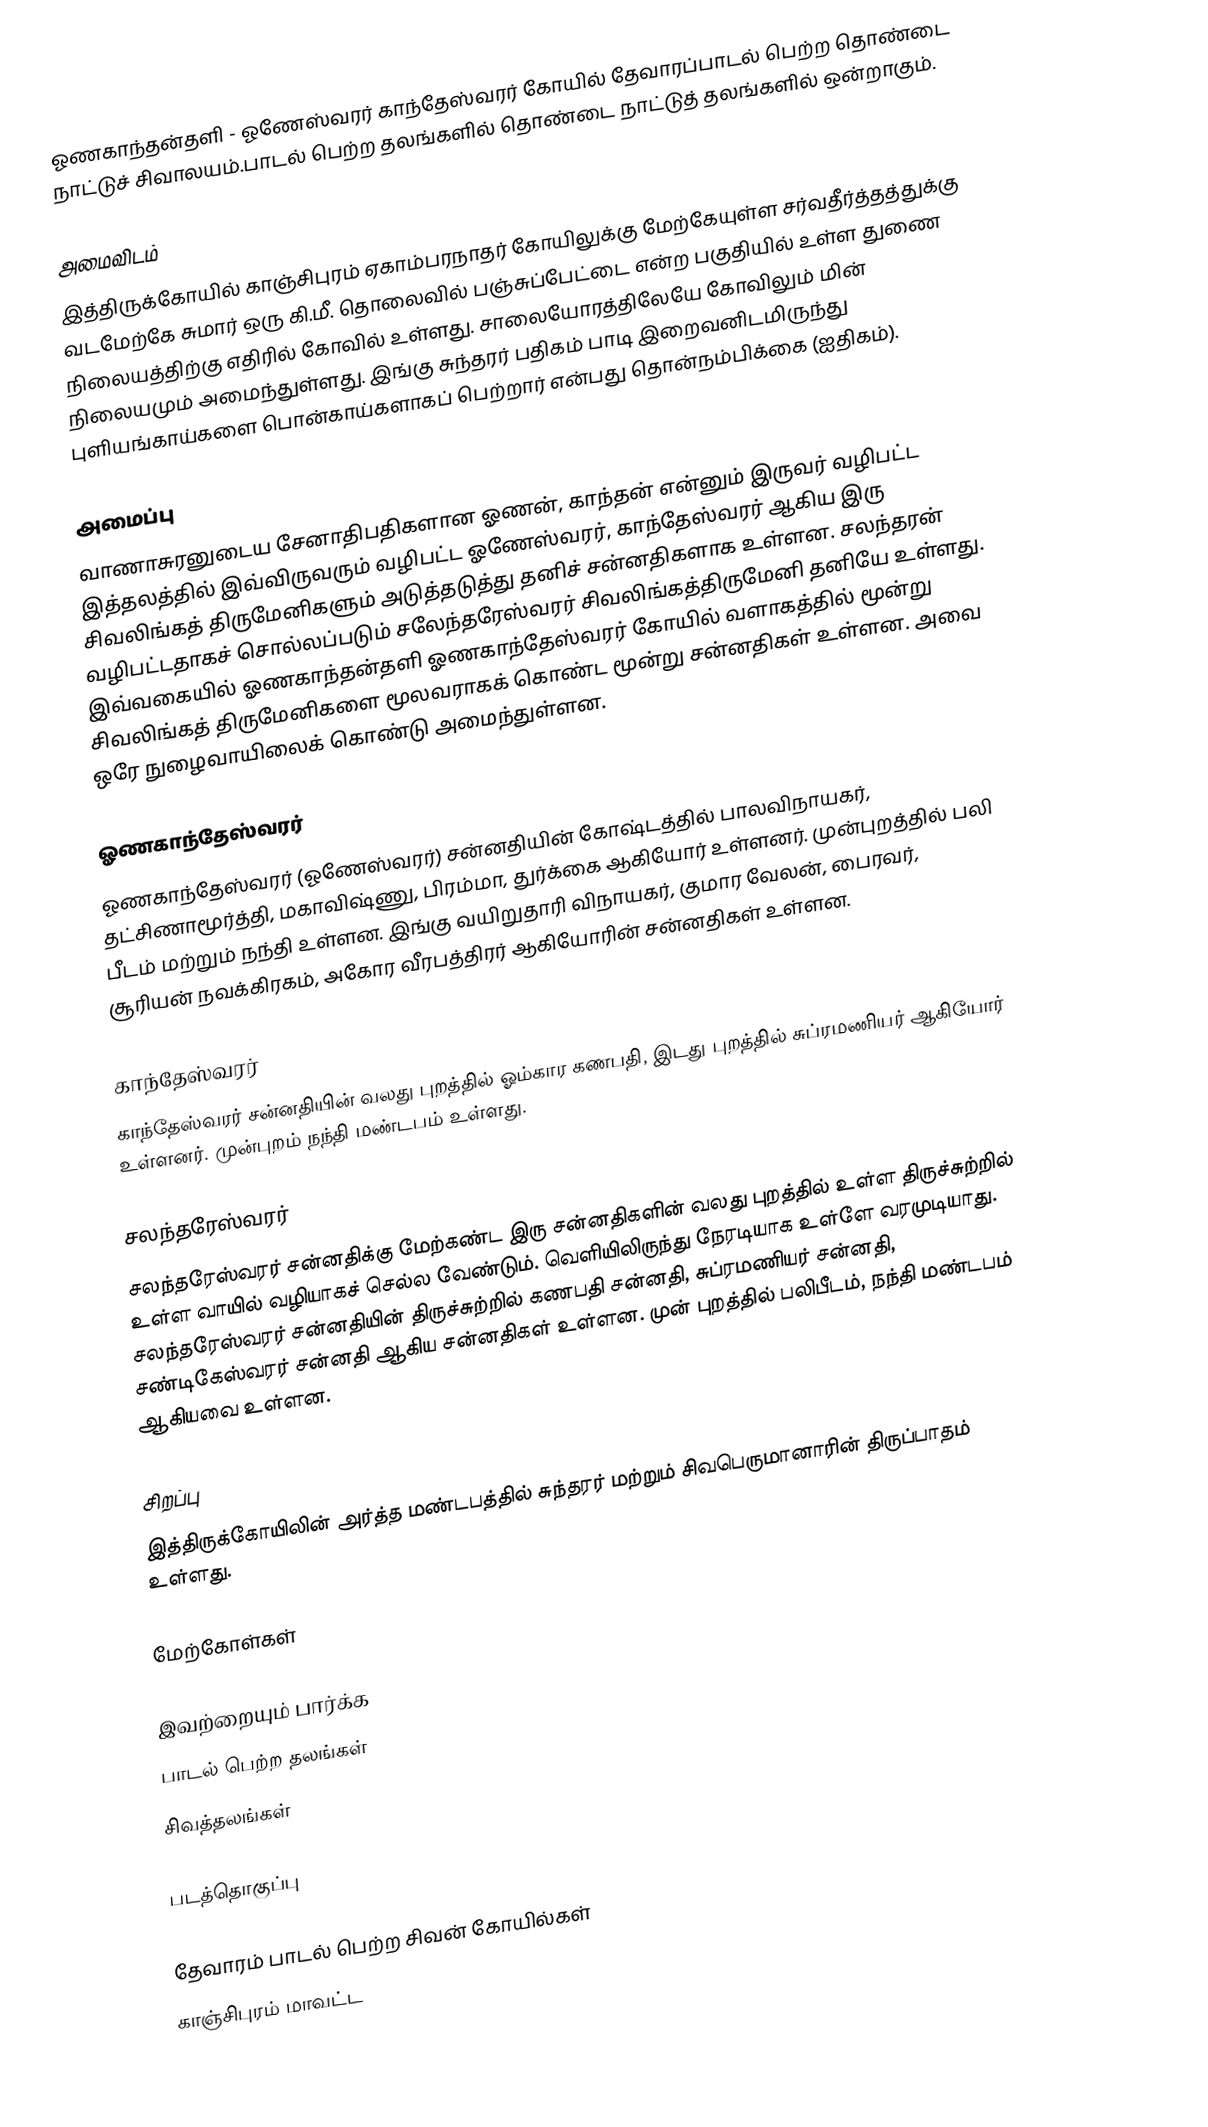
ஓணகாந்தன்தளி - ஓணேஸ்வரர் காந்தேஸ்வரர் கோயில் தேவாரப்பாடல் பெற்ற தொண்டை நாட்டுச் சிவாலயம்.பாடல் பெற்ற தலங்களில் தொண்டை நாட்டுத் தலங்களில் ஒன்றாகும்.

அமைவிடம்
இத்திருக்கோயில் காஞ்சிபுரம் ஏகாம்பரநாதர் கோயிலுக்கு மேற்கேயுள்ள சர்வதீர்த்தத்துக்கு வடமேற்கே சுமார் ஒரு கி.மீ. தொலைவில் பஞ்சுப்பேட்டை என்ற பகுதியில் உள்ள துணை நிலையத்திற்கு எதிரில் கோவில் உள்ளது. சாலையோரத்திலேயே கோவிலும் மின் நிலையமும் அமைந்துள்ளது. இங்கு சுந்தரர் பதிகம் பாடி இறைவனிடமிருந்து புளியங்காய்களை பொன்காய்களாகப் பெற்றார் என்பது தொன்நம்பிக்கை (ஐதிகம்).

அமைப்பு
வாணாசுரனுடைய சேனாதிபதிகளான ஓணன், காந்தன் என்னும் இருவர் வழிபட்ட இத்தலத்தில் இவ்விருவரும் வழிபட்ட ஓணேஸ்வரர், காந்தேஸ்வரர் ஆகிய இரு சிவலிங்கத் திருமேனிகளும் அடுத்தடுத்து தனிச் சன்னதிகளாக உள்ளன. சலந்தரன் வழிபட்டதாகச் சொல்லப்படும் சலேந்தரேஸ்வரர் சிவலிங்கத்திருமேனி தனியே உள்ளது.  இவ்வகையில் ஓணகாந்தன்தளி ஓணகாந்தேஸ்வரர் கோயில் வளாகத்தில் மூன்று சிவலிங்கத் திருமேனிகளை மூலவராகக் கொண்ட மூன்று சன்னதிகள் உள்ளன. அவை ஒரே நுழைவாயிலைக் கொண்டு அமைந்துள்ளன.

ஓணகாந்தேஸ்வரர்
ஓணகாந்தேஸ்வரர் (ஓணேஸ்வரர்) சன்னதியின் கோஷ்டத்தில் பாலவிநாயகர், தட்சிணாமூர்த்தி, மகாவிஷ்ணு, பிரம்மா, துர்க்கை ஆகியோர் உள்ளனர். முன்புறத்தில் பலி பீடம் மற்றும் நந்தி உள்ளன. இங்கு வயிறுதாரி விநாயகர், குமார வேலன், பைரவர், சூரியன் நவக்கிரகம், அகோர வீரபத்திரர் ஆகியோரின் சன்னதிகள் உள்ளன.

காந்தேஸ்வரர்
காந்தேஸ்வரர் சன்னதியின் வலது புறத்தில் ஓம்கார கணபதி, இடது புறத்தில் சுப்ரமணியர் ஆகியோர் உள்ளனர். முன்புறம் நந்தி மண்டபம் உள்ளது.

சலந்தரேஸ்வரர்
சலந்தரேஸ்வரர் சன்னதிக்கு மேற்கண்ட இரு சன்னதிகளின் வலது புறத்தில் உள்ள திருச்சுற்றில் உள்ள வாயில் வழியாகச் செல்ல வேண்டும். வெளியிலிருந்து நேரடியாக உள்ளே வரமுடியாது. சலந்தரேஸ்வரர் சன்னதியின் திருச்சுற்றில் கணபதி சன்னதி, சுப்ரமணியர் சன்னதி, சண்டிகேஸ்வரர் சன்னதி ஆகிய சன்னதிகள் உள்ளன. முன் புறத்தில் பலிபீடம், நந்தி மண்டபம் ஆகியவை உள்ளன.

சிறப்பு
இத்திருக்கோயிலின் அர்த்த மண்டபத்தில் சுந்தரர் மற்றும் சிவபெருமானாரின் திருப்பாதம் உள்ளது.

மேற்கோள்கள்

இவற்றையும் பார்க்க
 பாடல் பெற்ற தலங்கள்
 சிவத்தலங்கள்

படத்தொகுப்பு

தேவாரம் பாடல் பெற்ற சிவன் கோயில்கள்
காஞ்சிபுரம் மாவட்ட